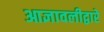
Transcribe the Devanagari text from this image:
आज्ञावलीद्वारे